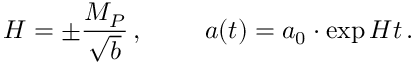
H = \pm \frac { M _ { P } } { \sqrt { b } } \, , \, \, \, \, \, \, \, \, \, \, \, \, \, \, a ( t ) = a _ { 0 } \cdot \exp { H t } \, .